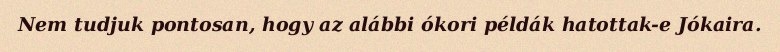
Nem tudjuk pontosan, hogy az alábbi ókori példák hatottak-e Jókaira.